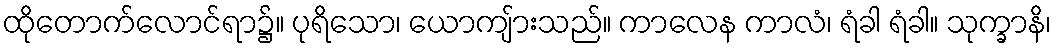
ထိုတောက်လောင်ရာ၌။ ပုရိသော၊ ယောကျ်ားသည်။ ကာလေန ကာလံ၊ ရံခါ ရံခါ။ သုက္ခာနိ၊